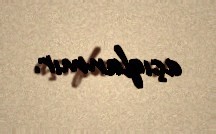
açıqlanmır.